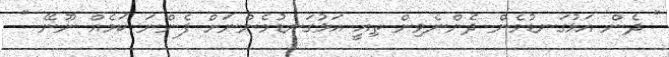
" ދެން އަޅުގަނޑުމެން ދެންނެވިން ތިއީ އަޅުގަނޑުމެންނަށް ފެންނަ ކަމެއް ނޫނޭ "